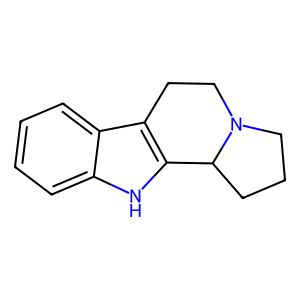
SMILES: c1ccc2c3c([nH]c2c1)C1CCCN1CC3
Inhibits HIV replication: No